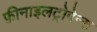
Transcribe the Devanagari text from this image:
फ़ीनाइलट्रोपेन्स